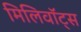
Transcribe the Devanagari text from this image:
मिलिवॉट्स